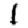
Digit: 1